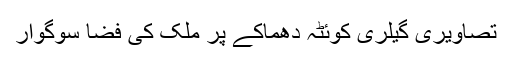
تصاویری گیلری کوئٹہ دھماکے پر ملک کی فضا سوگوار